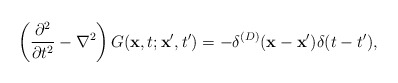
\begin{align*}\left ({{\partial^2}\over{\partial t^2}}-\nabla^2\right )G({\bf x},t;{\bf x}',t') =-\delta^{(D)} ({\bf x}-{\bf x}')\delta(t-t'),\end{align*}